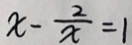
x - \frac { 2 } { x } = 1